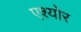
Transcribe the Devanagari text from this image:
एश्योर